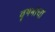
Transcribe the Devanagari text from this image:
वृषभाचा